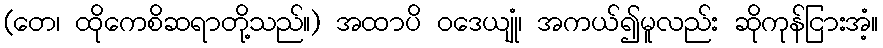
(တေ၊ ထိုကေစိဆရာတို့သည်။) အထာပိ ဝဒေယျုံ၊ အကယ်၍မူလည်း ဆိုကုန်ငြားအံ့။